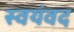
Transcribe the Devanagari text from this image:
स्वयंवद